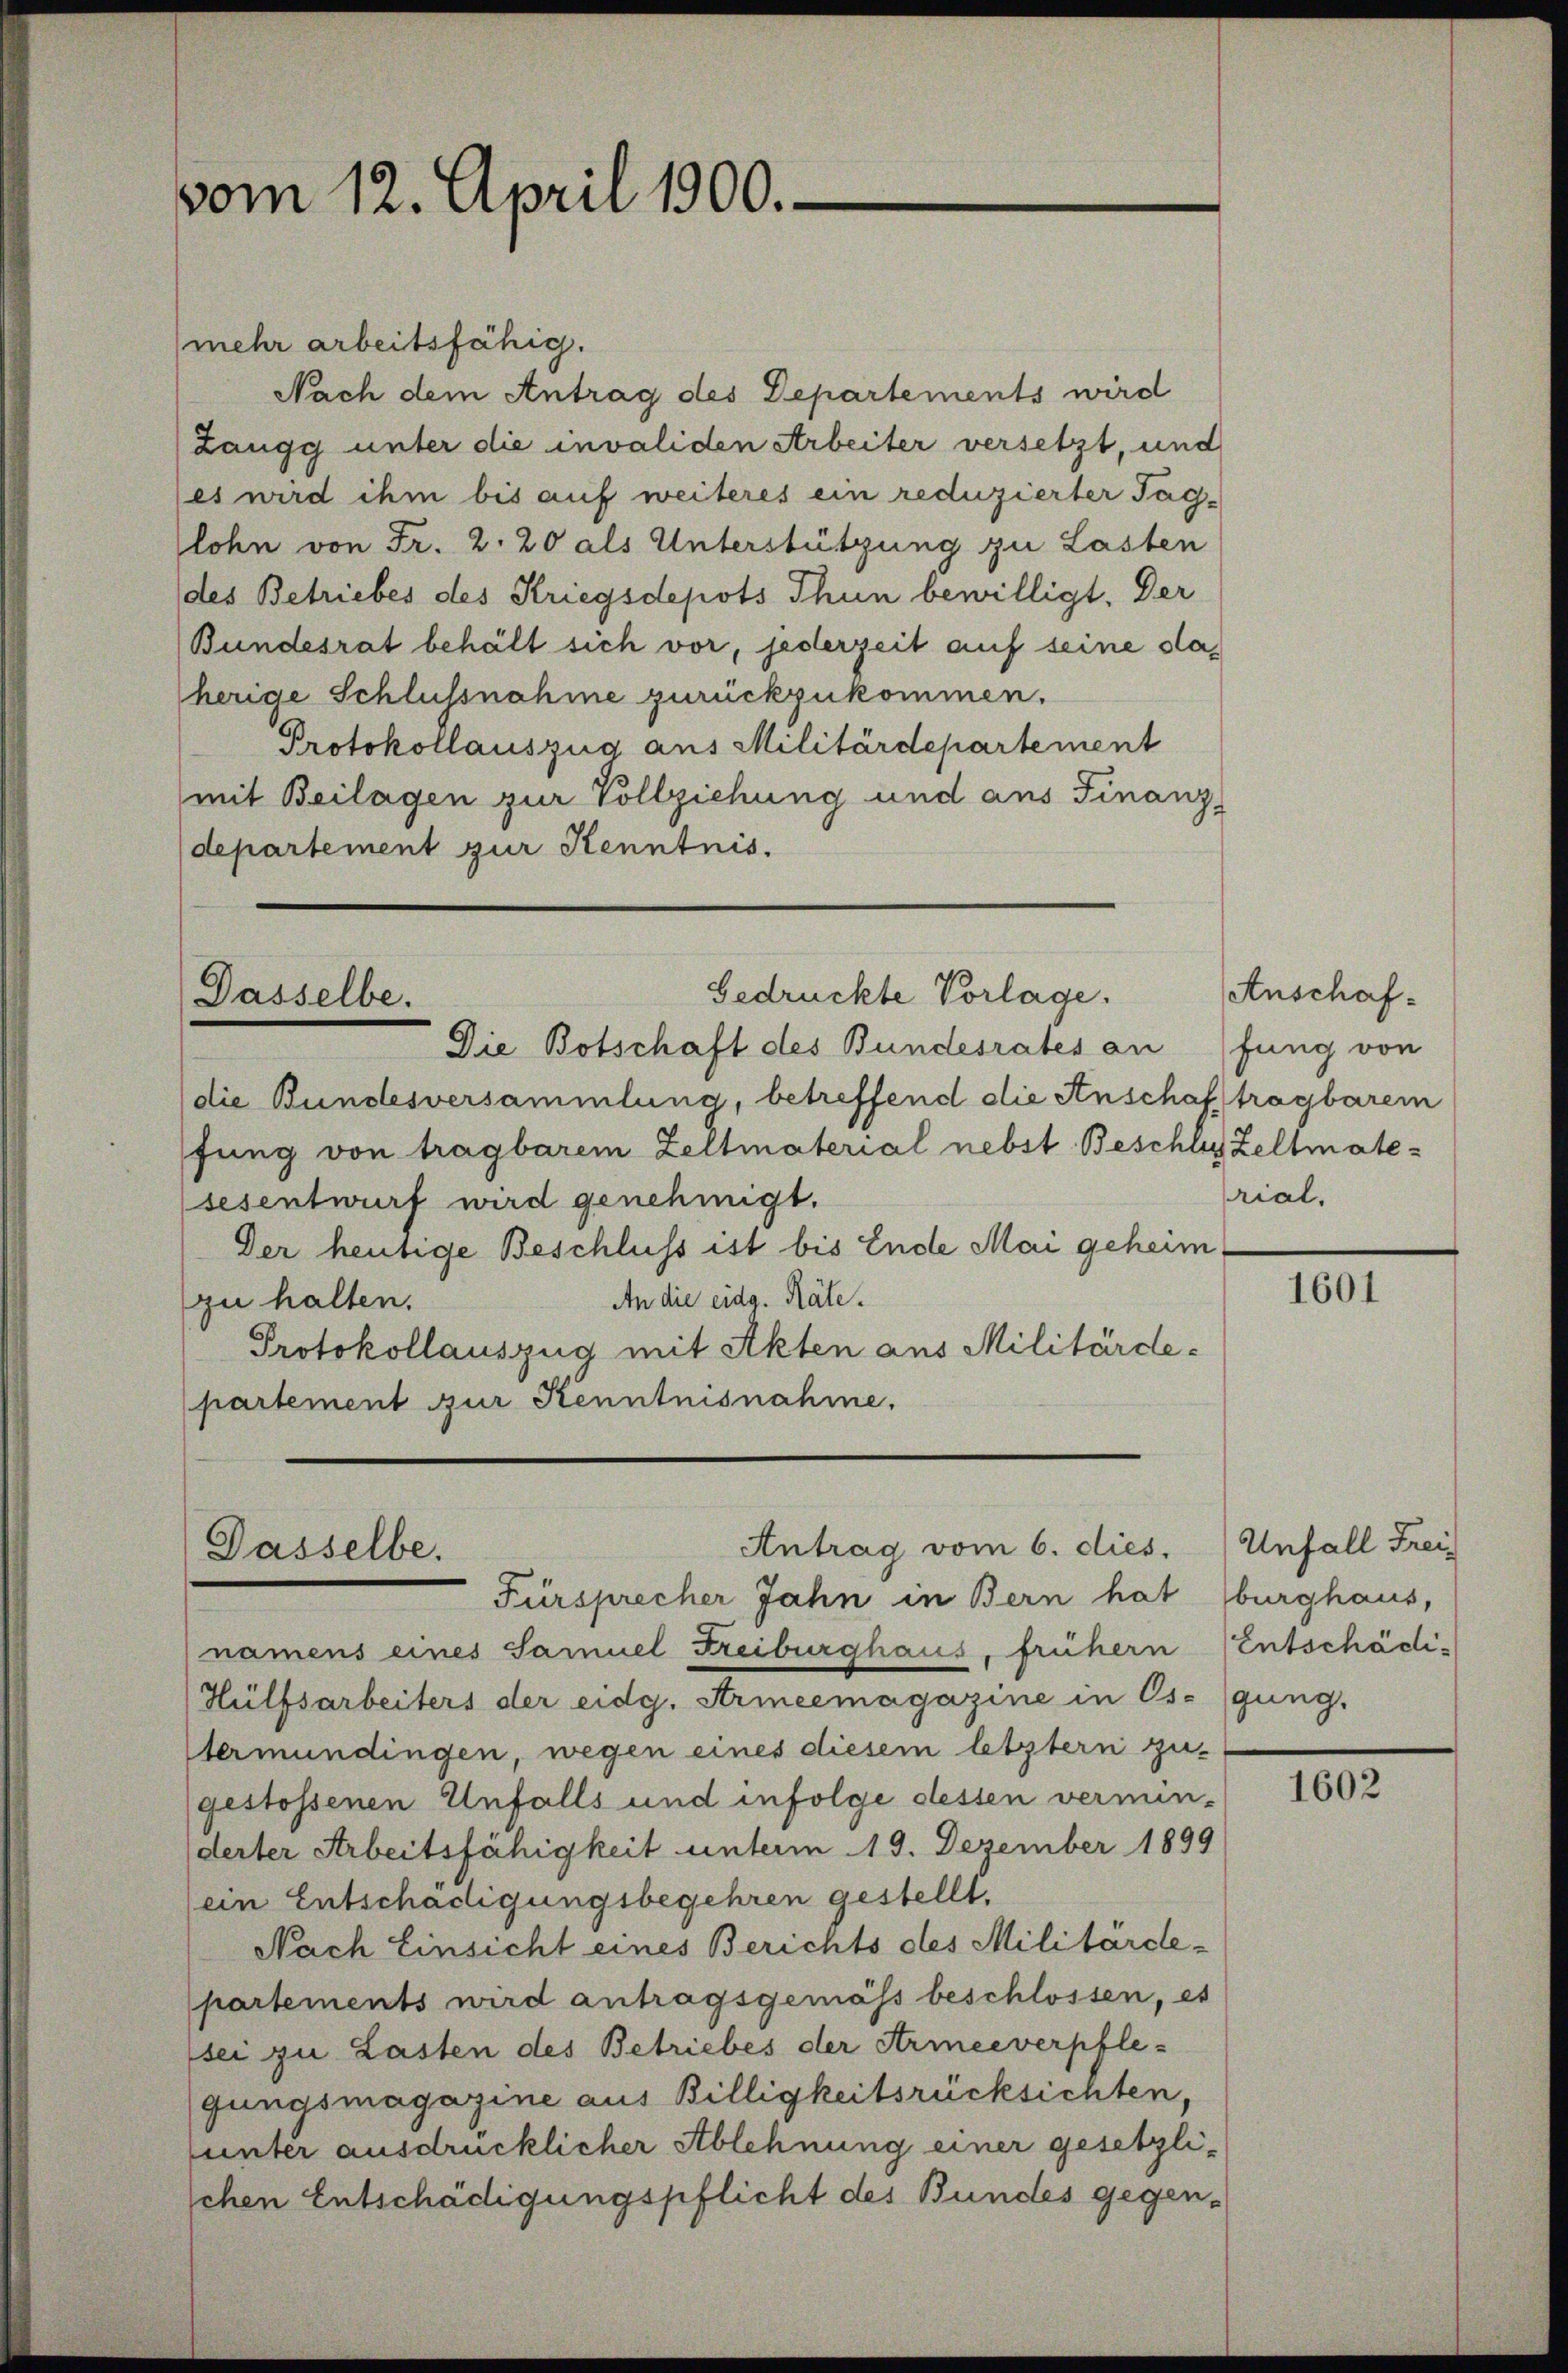
vom 12. April 1900.

(mehr arbeitsfähig.
Nach dem Antrag des Departements wird
Zangg unter die invaliden Arbeiter versetzt, und
es wird ihm bis auf weiteres ein reduzierter Tag-
lohn von Fr. 2. 20 als Unterstützung zu Lasten
des Betriebes des Kriegsdepots Thun bewilligt. Der
Bundesrat behält sich vor, jederzeit auf seine staherige Schlussnahme zurückzukommen.
Protokollauszug aus Militärdepartement
mit Beilagen zur Vollziehung und ans Finanz-
(departement zur Kenntnis.

Gedrückte Vorlage.
Dasselbe.

Die Botschaft des Bundesrates an fung von
die Bundesversammlung, betreffend die Anschaf tragbarem
fung von tragbarem Zeltmaterial nebst Beschles Zeltmatesesentwurf wird genehmigt.
Der heutige Beschluss ist bis Ende Mai geheim¬
An die eidg. Räte.
zu halten.
Protokollauszug mit Akten aus Militärdepartement zur Kenntnisnahme,

Antrag vom 6. dies. Unfall Frei
Dasselbe.
Fürsprecher Jahn in Bern hat burghaus,

namens eines Samuel Freiburghaus, frühern
Hülfsarbeiters der eidg. Armeemagazine in Os- gung.
termündingen, wegen eines diesem letztern zu-
gestossenen Unfalls und infolge dessen vermin-
derter Arbeitsfähigkeit unterm 19. Dezember 1899
ein Entschädigungsbegehren gestellt.
Nach Einsicht eines Berichts des Militärde-
partements wird antragsgemäss beschlossen, es
sei zu Lasten des Betriebes der Armeeverpflegungsmagazine aus Billigkeitsrücksichten,
lunter ausdrücklicher Ablehnung einer gesetzlischen Entschädigungspflicht des Bundes gegen¬

Anschafrial.

1601

Entschädi¬

1602